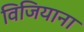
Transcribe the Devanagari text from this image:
विजियाना